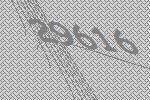
29616